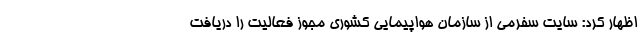
اظهار کرد: سایت سفرمی از سازمان هواپیمایی کشوری مجوز فعالیت را دریافت